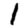
Digit: 1